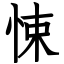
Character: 悚